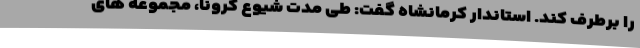
را برطرف کند. استاندار کرمانشاه گفت: طی مدت شیوع کرونا، مجموعه های